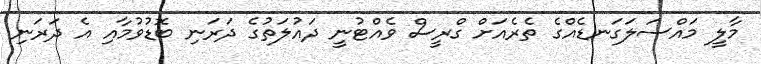
މާލީ މައްސަލަގަނޑެއްގެ ތެރެއަށް ގްރީސް ވެއްޓުނީ ދައުލަތުގެ ދަރަނި ބޮޑުވުމާއި އެ ދަރަނި